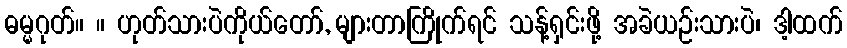
ဓမ္မဂုတ်။ ။ ဟုတ်သားပဲကိုယ်တော်, များတာကြိုက်ရင် သန့်ရှင်းဖို့ အခဲယဉ်းသားပဲ၊ ဒါ့ထက်